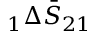
\phantom { } _ { 1 } \Delta \bar { S } _ { 2 1 }